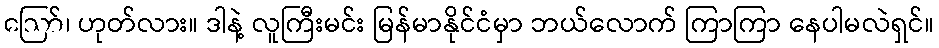
ဪ၊ ဟုတ်လား။ ဒါနဲ့ လူကြီးမင်း မြန်မာနိုင်ငံမှာ ဘယ်လောက် ကြာကြာ နေပါမလဲရှင်။